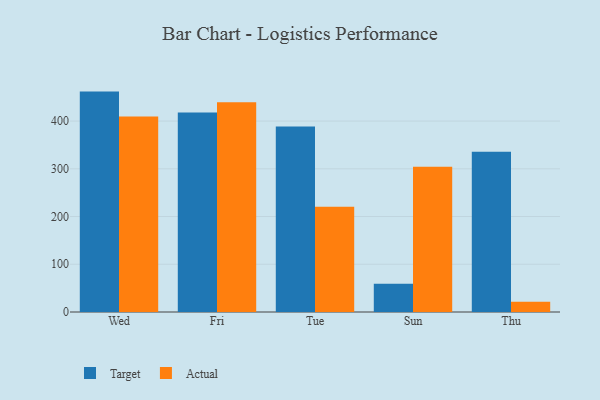
{"axis": {"x": "Day", "y": "LTV (USD)"}, "legend": ["Actual", "Target"], "data": [{"x": "Wed", "y": 461.7, "type": "Target"}, {"x": "Wed", "y": 409.8, "type": "Actual"}, {"x": "Fri", "y": 417.9, "type": "Target"}, {"x": "Fri", "y": 439.4, "type": "Actual"}, {"x": "Tue", "y": 388.7, "type": "Target"}, {"x": "Tue", "y": 220.6, "type": "Actual"}, {"x": "Sun", "y": 59.4, "type": "Target"}, {"x": "Sun", "y": 304.3, "type": "Actual"}, {"x": "Thu", "y": 335.9, "type": "Target"}, {"x": "Thu", "y": 21.7, "type": "Actual"}]}